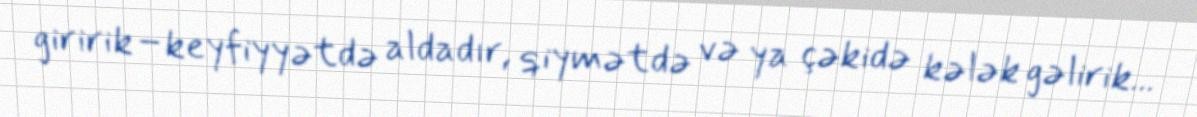
giririk–keyfiyyətdə aldadır, qiymətdə və ya çəkidə kələk gəlirik...